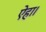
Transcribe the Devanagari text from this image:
ऐहा।